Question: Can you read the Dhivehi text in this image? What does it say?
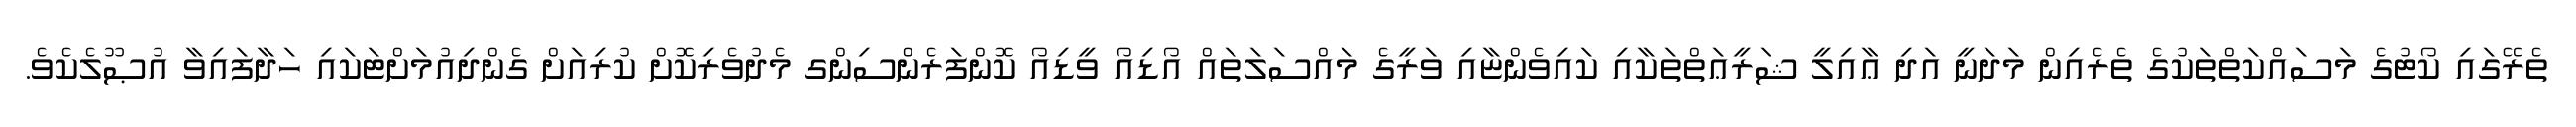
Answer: ތެރޭގައި ކޯޓުގެ މަސައްކަތްތަކުގެ ތެރެއިން މަދަނީ އަދި ޢާއިލީ ޝަރީޢަތްތަކާއި ކައިވެންޏާއި ވަރީގެ މައްސަލަތައް އޯޑިއޯ ވީޑިއޯ ކޮންފަރެންސިންގ މެދުވެރިކޮށް ކުރިއަށް ގެންދިއުމަށްޓަކައި ހަދާފައިވާ އުޞޫލެކެވެ.